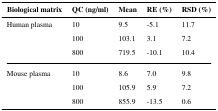
| Biological matrix | QC (ng/ml) | Mean | RE (%) | RSD (%) |
 | --- | --- | --- | --- | --- |
 | <ROWSPAN=3> Human plasma | 10 | 9.5 | -5.1 | 11.7 |
 | 100 | 103.1 | 3.1 | 7.2 |
 | 800 | 719.5 | -10.1 | 10.4 |
 | <ROWSPAN=3> Mouse plasma | 10 | 8.6 | 7.0 | 9.8 |
 | 100 | 105.9 | 5.9 | 7.2 |
 | 800 | 855.9 | -13.5 | 0.6 |